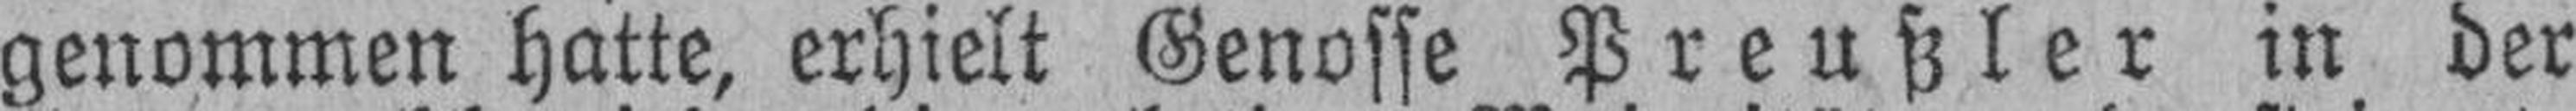
genommen hatte, erhielt Genosse Preußler in der